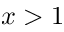
x > 1